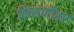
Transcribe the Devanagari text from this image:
किसणीवर